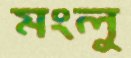
মংলু